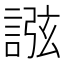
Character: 誸